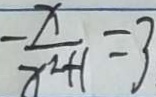
- \frac { x } { x ^ { 2 } + 1 } = 3